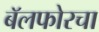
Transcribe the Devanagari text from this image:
बॅलफोरचा